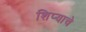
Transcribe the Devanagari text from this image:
शिप्याचे